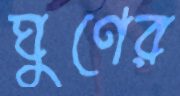
ঘুণের